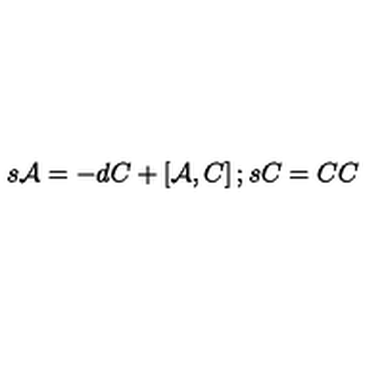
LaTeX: s { \cal A } = - d C + \left[ { \cal A } , C \right] ; s C = C C